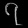
Digit: ၇